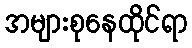
အများစုနေထိုင်ရာ